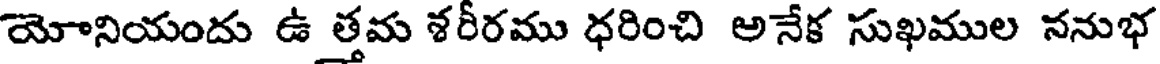
యోనియందు ఉ త్తమ శరీరము ధరించి అనేక సుఖముల ననుభ